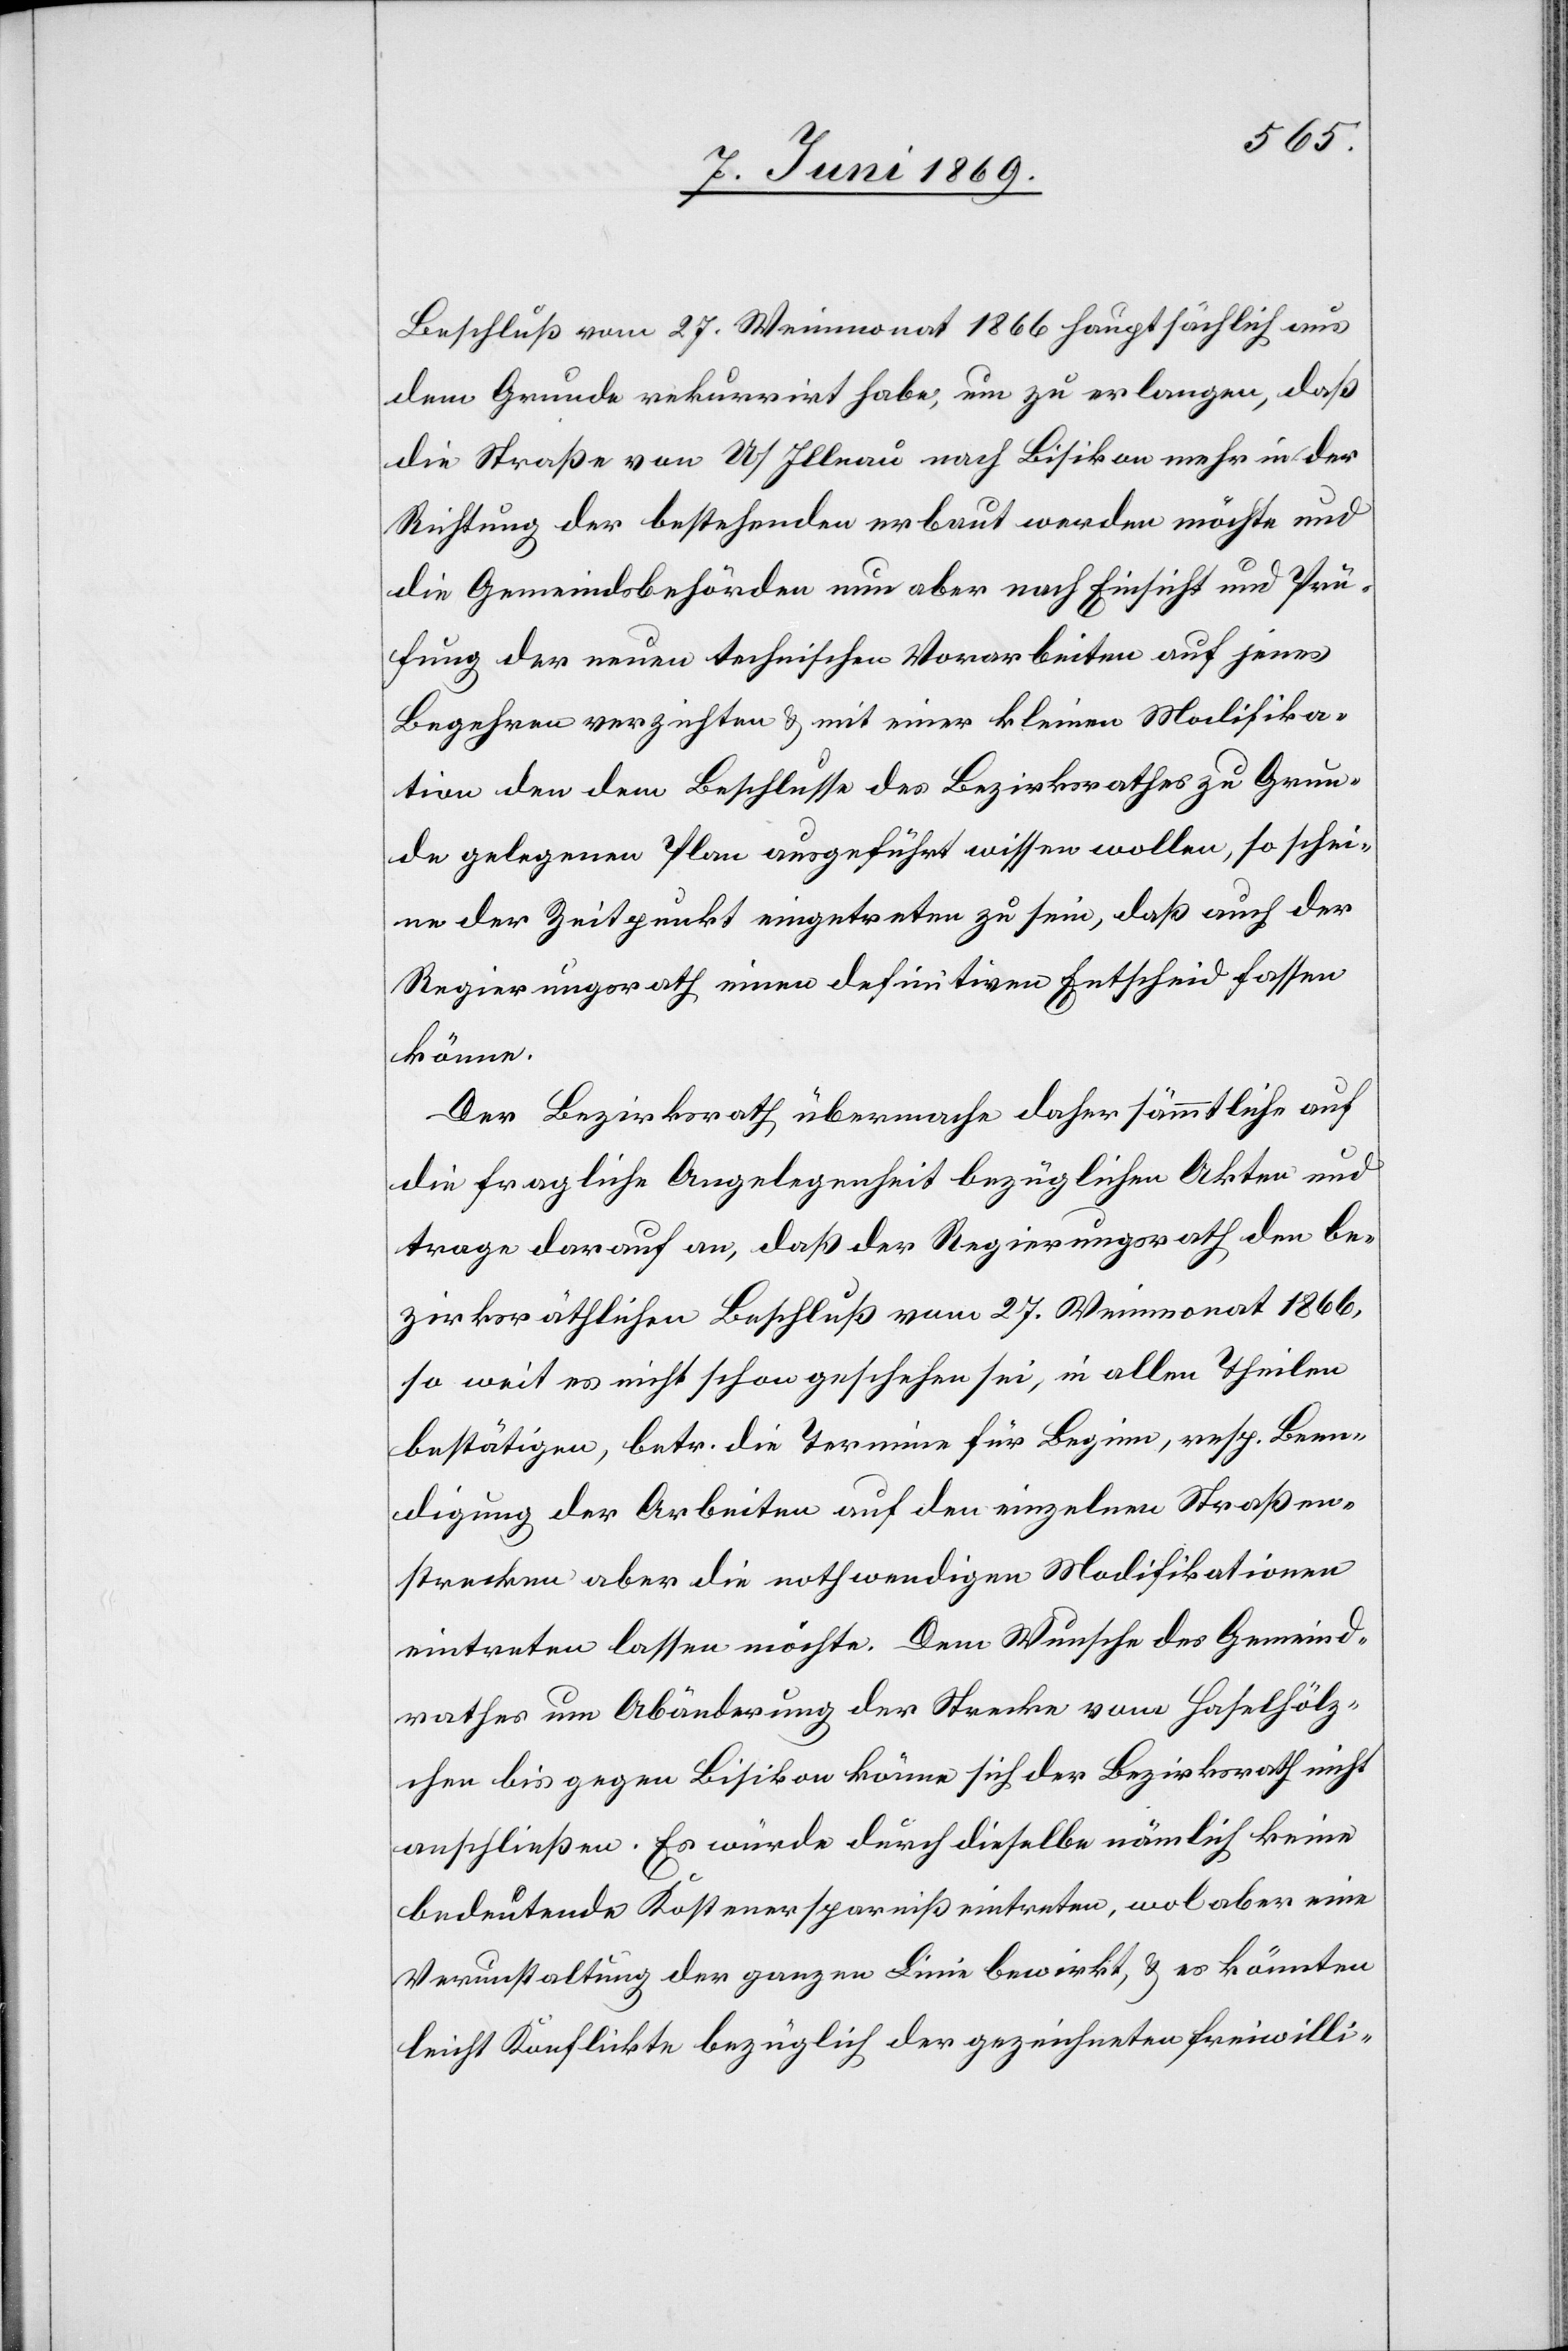
Beschluß vom 27. Weinmonat 1866 hauptsächlich aus
dem Grunde rekurrirt habe, um zu erlangen, daß
die Straße von U/Illnau nach Bisikon mehr in der
Richtung der bestehenden erbaut werden möchte und
die Gemeindsbehörden nun aber nach Einsicht und Prü¬
fung der neuen technischen Vorarbeiten auf jenes
Begehren verzichten u. mit einer kleinen Modifika¬
tion den dem Beschlusse des Bezirksrathes zu Grun¬
de gelegenen Plan ausgeführt wissen wollen, so schei¬
ne der Zeitpunkt eingetreten zu sein, daß auch der
Regierungsrath einen definitiven Entscheid fassen
könne.
Der Bezirksrath übermache daher sämmtliche auf
die fragliche Angelegenheit bezüglichen Akten und
trage darauf an, daß der Regierungsrath den be¬
zirksräthlichen Beschluß vom 27. Weinmonat 1866,
so weit es nicht schon geschehen sei, in allen Theilen
bestätigen, betr. die Termine für Beginn, resp. Been¬
digung der Arbeiten auf den einzelnen Straßen¬
strecken aber die nothwendigen Modifikationen
eintreten lassen möchte. Dem Wunsche des Gemeind¬
rathes um Abänderung der Strecke vom Holzhölz¬
chen bis gegen Bisikon könne sich der Bezirksrath nicht
anschließen. Es würde durch dieselbe nämlich keine
bedeutende Kostenersparniß eintreten, wol aber eine
Verunstaltung der ganzen Linie bewirkt, u. es könnten
leicht Konflikte bezüglich der gezeichneten freiwilli-